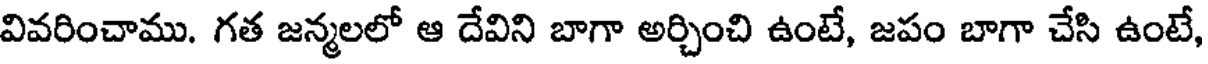
వివరించాము. గత జన్మలలో ఆ దేవిని బాగా అర్చించి ఉంటే, జపం బాగా చేసి ఉంటే,